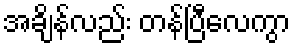
အချိန်လည်း တန်ပြီလေကွာ